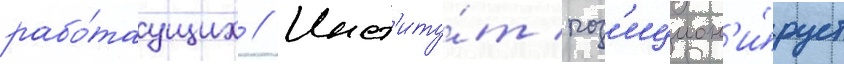
рабо́таущих // Инст'иту́т поз'ицион'и́рует